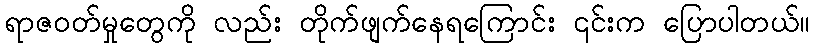
ရာဇဝတ်မှုတွေကို လည်း တိုက်ဖျက်နေရကြောင်း ၎င်းက ပြောပါတယ်။